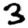
Digit: 3